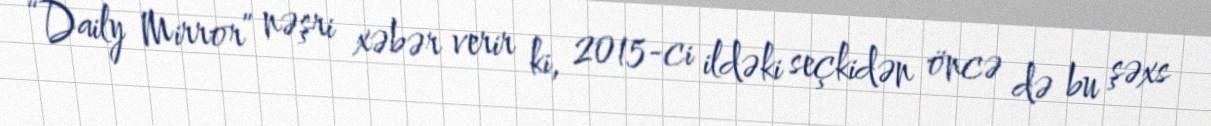
“Daily Mirror” nəşri xəbər verir ki, 2015-ci ildəki seçkidən öncə də bu şəxs